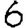
Digit: 6